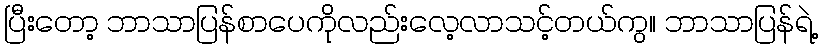
ပြီးတော့ ဘာသာပြန်စာပေကိုလည်းလေ့လာသင့်တယ်ကွ။ ဘာသာပြန်ရဲ့